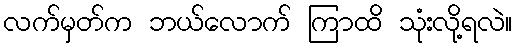
လက်မှတ်က ဘယ်လောက် ကြာထိ သုံးလို့ရလဲ။